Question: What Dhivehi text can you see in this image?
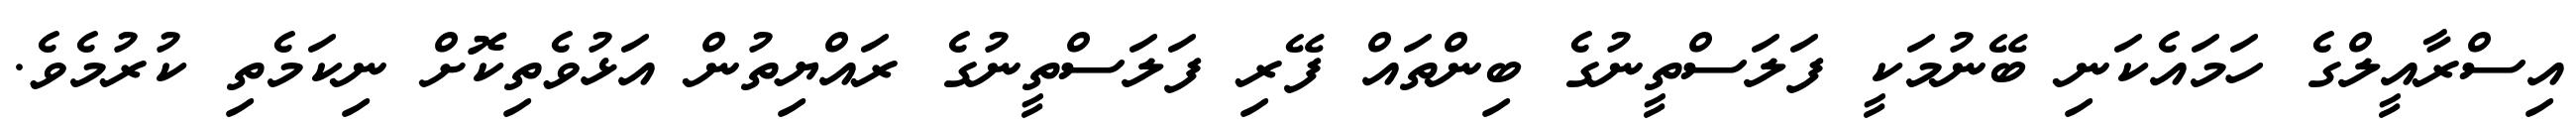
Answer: އިސްރާއީލްގެ ހަމައެކަނި ބޭނުމަކީ ފަލަސްތީނުގެ ބިންތައް ފޭރި ފަލަސްތީނުގެ ރައްޔިތުން އަޅުވެތިކޮށް ނިކަމެތި ކުރުމެވެ.